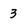
Character: 3